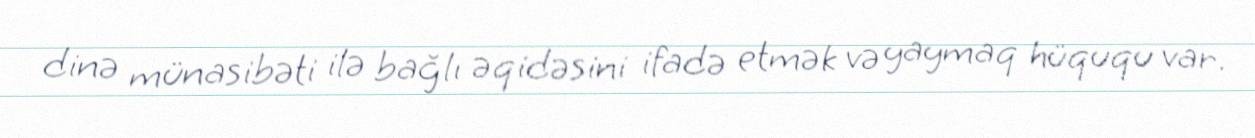
dinə münasibəti ilə bağlı əqidəsini ifadə etmək və yaymaq hüququ var.